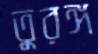
তুরঙ্গ